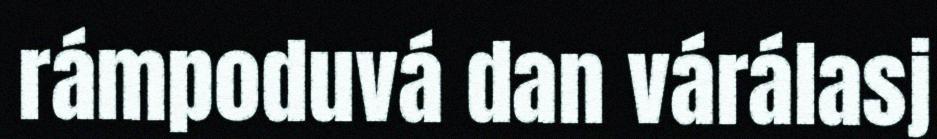
rámpoduvá dan várálasj